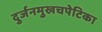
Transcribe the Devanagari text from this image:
दुर्जनमुखचपेटिका